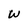
Character: W